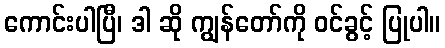
ကောင်းပါပြီ၊ ဒါ ဆို ကျွန်တော်ကို ဝင်ခွင့် ပြုပါ။